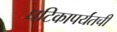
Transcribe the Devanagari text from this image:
घटिकापर्यंतची